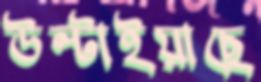
উল্‌টাইয়াছে